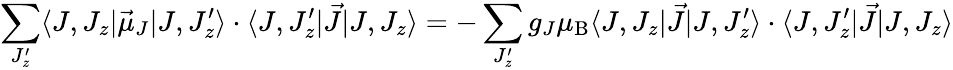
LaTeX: \sum_{J_{z}^{\prime}}\langle J,J_{z}|{\vec{\mu}}_{J}|J,J_{z}^{\prime}\rangle\cdot\langle J,J_{z}^{\prime}|{\vec{J}}|J,J_{z}\rangle=-\sum_{J_{z}^{\prime}}g_{J}\mu_{\mathrm{{B}}}\langle J,J_{z}|{\vec{J}}|J,J_{z}^{\prime}\rangle\cdot\langle J,J_{z}^{\prime}|{\vec{J}}|J,J_{z}\rangle